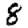
Digit: 8